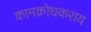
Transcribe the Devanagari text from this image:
कामक्रोधकराय